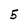
Character: 5